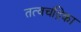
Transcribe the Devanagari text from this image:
तत्वचंद्रिका